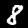
Digit: 8